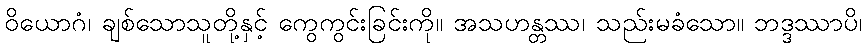
ဝိယောဂံ၊ ချစ်သောသူတို့နှင့် ကွေကွင်းခြင်းကို။ အသဟန္တဿ၊ သည်းမခံသော။ ဘဒ္ဒဿာပိ၊